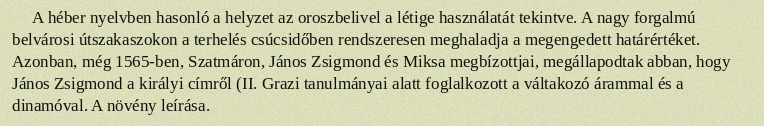
A héber nyelvben hasonló a helyzet az oroszbelivel a létige használatát tekintve. A nagy forgalmú belvárosi útszakaszokon a terhelés csúcsidőben rendszeresen meghaladja a megengedett határértéket. Azonban, még 1565-ben, Szatmáron, János Zsigmond és Miksa megbízottjai, megállapodtak abban, hogy János Zsigmond a királyi címről (II. Grazi tanulmányai alatt foglalkozott a váltakozó árammal és a dinamóval. A növény leírása.